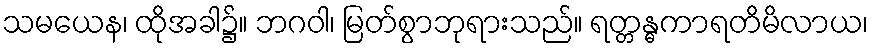
သမယေန၊ ထိုအခါ၌။ ဘဂဝါ၊ မြတ်စွာဘုရားသည်။ ရတ္တန္ဓကာရတိမိလာယ၊